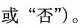
或“否”)。